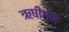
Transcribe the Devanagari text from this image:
ऋषीगण